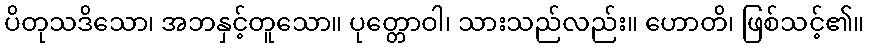
ပိတုသဒိသော၊ အဘနှင့်တူသော။ ပုတ္တောဝါ၊ သားသည်လည်း။ ဟောတိ၊ ဖြစ်သင့်၏။